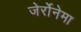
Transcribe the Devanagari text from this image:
जेर्रोनेमा